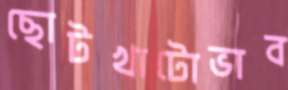
ছোটখাটোভাব